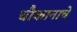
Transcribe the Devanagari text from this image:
चौकानाचे